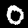
Label: 0